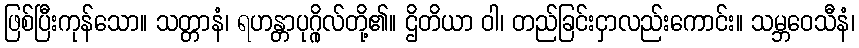
ဖြစ်ပြီးကုန်သော။ သတ္တာနံ၊ ရဟန္တာပုဂ္ဂိုလ်တို့၏။ ဌိတိယာ ဝါ၊ တည်ခြင်းငှာလည်းကောင်း။ သမ္ဘဝေသီနံ၊